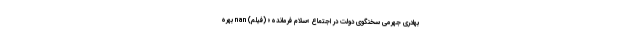
بهادری جهرمی سخنگوی دولت در اجتماع «سلام فرمانده» (فیلم) nan بهره